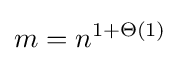
m=n^{1+\Theta (1)}